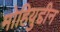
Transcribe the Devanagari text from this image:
मोहियुद्दीन